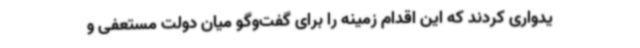
یدواری کردند که این اقدام زمینه را برای گفت‌وگو میان دولت مستعفی و